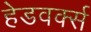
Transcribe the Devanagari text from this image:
हेडवर्क्स